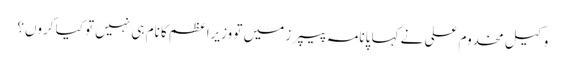
وکیل مخدوم علی نے کہا پانامہ پیپرز میں تو وزیراعظم کا نام ہی نہیں تو کیا کروں؟